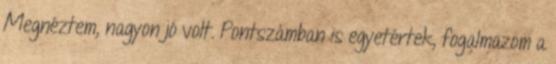
Megnéztem, nagyon jó volt. Pontszámban is egyetértek, fogalmazom a